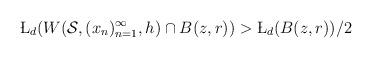
LaTeX: \begin{align*}\L_d(W(\mathcal{S},(x_n)_{n=1}^{\infty},h)\cap B(z,r))>\L_d(B(z,r))/2\end{align*}